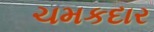
ચમકદાર